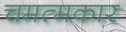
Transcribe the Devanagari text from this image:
चमत्मकार